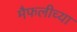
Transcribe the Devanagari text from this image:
मैफलीच्या